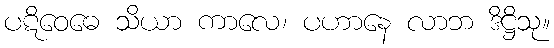
ပဋိဝေဓေ သိယာ ကာလေ၊ ပဟာနေ လာဘ ဒိဋ္ဌိသု။